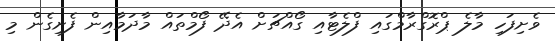
ވެށިފަހި މާލެ ޕްރޮގްރާމްގައި ފްލެޓާއި ގޯއްޗަށް އެެދޭ ފޯމްތައް މާދަމާއިން ފެށިގެން މި